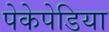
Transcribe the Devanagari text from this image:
पेकेपेडिया